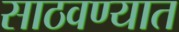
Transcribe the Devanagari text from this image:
साठवण्यात